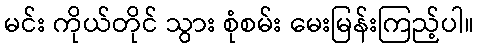
မင်း ကိုယ်တိုင် သွား စုံစမ်း မေးမြန်းကြည့်ပါ။